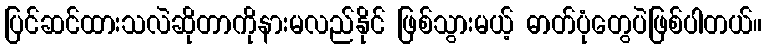
ပြင်ဆင်ထားသလဲဆိုတာကိုနားမလည်နိုင် ဖြစ်သွားမယ့် ဓာတ်ပုံတွေပဲဖြစ်ပါတယ်။